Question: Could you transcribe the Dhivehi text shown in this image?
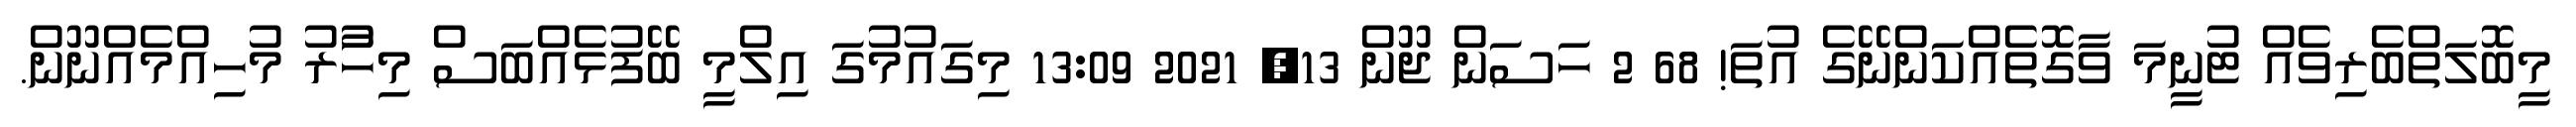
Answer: މީބޮލަތްބެރިވެއް ޓުނީމަ ވާގޮތެއްކަންނޭގެ އުތަ! 68 2 ހަސަން ޖޫން 13, 2021 13:09 މިގައުމުގަ އިލްމީ ބޭފުޅެއްބަސް މިހާުރު މުހިއްމެއްނޫން.